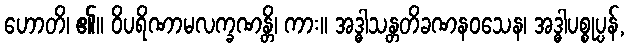
ဟောတိ၊ ၏။ ဝိပရိဏာမလက္ခဏန္တိ၊ ကား။ အဒ္ဓါသန္တတိခဏနဝသေန၊ အဒ္ဓါပစ္စုပ္ပန်,